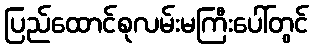
ပြည်ထောင်စုလမ်းမကြီးပေါ်တွင်